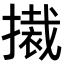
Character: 𭢚